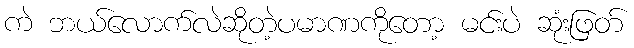
ကဲ ဘယ်လောက်လဲဆိုတဲ့ပမာဏကိုတော့ မင်းပဲ ဆုံးဖြတ်